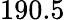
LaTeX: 190.5